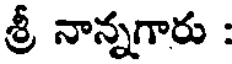
శ్రీ నాన్నగారు :